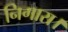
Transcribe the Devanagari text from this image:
निगारा।